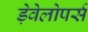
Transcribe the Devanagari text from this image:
ड़ेवेलोपर्स